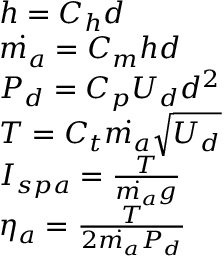
\begin{array} { r l } & { h = C _ { h } d } \\ & { \dot { m _ { a } } = C _ { m } h d } \\ & { P _ { d } = C _ { p } U _ { d } d ^ { 2 } } \\ & { T = C _ { t } \dot { m _ { a } } \sqrt { U _ { d } } } \\ & { I _ { s p a } = \frac { T } { \dot { m _ { a } } g } } \\ & { \eta _ { a } = \frac { T } { 2 \dot { m _ { a } } P _ { d } } } \end{array}